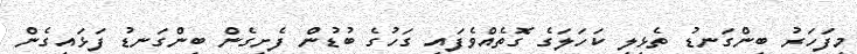
މިފަހަރު ބިންގަނޑު ތެޅިލި ކަހަލަގެ ގޮތެއްވެފައި ގަހުގެ ބުޑުން ފެށިގެން ބިންގަނޑު ފަޅައިގެން